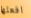
افعلها